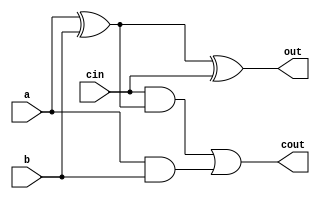
module adder(
out,
cout,
cin,
a,
b
);
//inputs
input cin;
input a;
input b;
//outputs
output cout;
output out;
//wires
wire cin;
wire a;
wire b;
wire cout;
wire out;
//intermediates
wire xor_ab;
wire and_cxab;
wire and_ab;

//code
xor (xor_ab, a, b);
xor (out, xor_ab, cin);

and (andab, a, b);
and (and_cxab, cin, xor_ab);
or (cout, and_cxab , andab);
endmodule